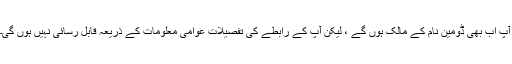
آپ اب بھی ڈومین نام کے مالک ہوں گے ، لیکن آپ کے رابطے کی تفصیلات عوامی معلومات کے ذریعہ قابل رسائی نہیں ہوں گی۔